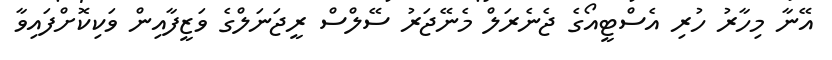
އޭނާ މިހާރު ހުރި އެސްޓީއޯގެ ޖެނެރަލް މެނޭޖަރު ސޭލްސް ރީޖަނަލްގެ ވަޒީފާއިން ވަކިކޮށްފައިވާ